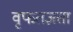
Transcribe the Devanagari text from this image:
वृफतज्ञता